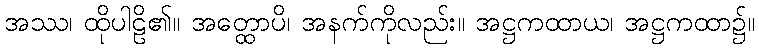
အဿ၊ ထိုပါဠိ၏။ အတ္ထောပိ၊ အနက်ကိုလည်း။ အဋ္ဌကထာယ၊ အဋ္ဌကထာ၌။